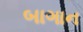
બાગાન